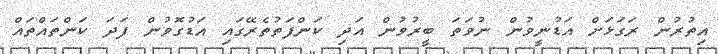
އިތުރުން ރަގަޅަށް އަޑުނީވުން ނުވަތަ ބީރުވުން އަދި ކަންފަތުތެރޭގައި އަޑުގޮވުން ފަދަ ކަންތައްތައް